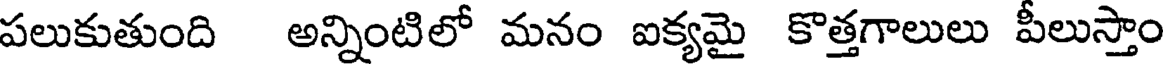
పలుకుతుంది అన్నింటిలో మనం ఐక్యమై కొత్తగాలులు పీలుస్తాం